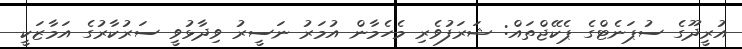
އުރީދޫގެ ސުޕަނެޓްގެ ޕެކޭޖްތައް: ޝަރަފުވެރި މެހެމާން އުމަރު ނަސީރު ވިދާޅުވީ ސަރުކާރުގެ އަމާޒަކީ